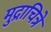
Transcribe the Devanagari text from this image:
मुद्राचित्रे